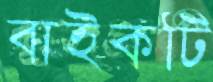
বাইকটি